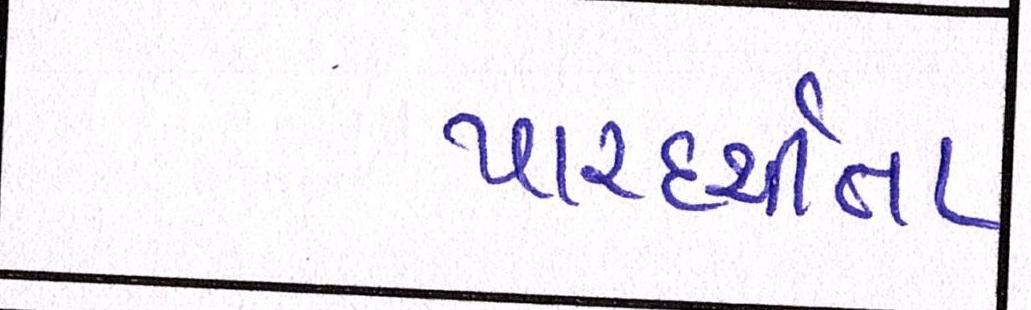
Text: પારદર્શીતા